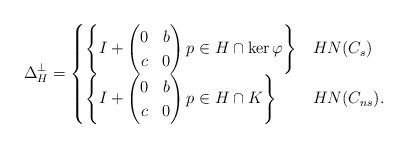
LaTeX: \begin{align*}\Delta_H^{\perp} = \begin{cases} \left \{ I + \begin{pmatrix} 0 & b \\ c & 0 \end{pmatrix} p \in H \cap \ker \varphi \right \} & H N(C_s) \\\left \{ I + \begin{pmatrix} 0 & b \\ c & 0 \end{pmatrix} p \in H \cap K \right \} & H N(C_{ns}).\end{cases}\end{align*}